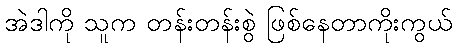
အဲဒါကို သူက တန်းတန်းစွဲ ဖြစ်နေတာကိုးကွယ်